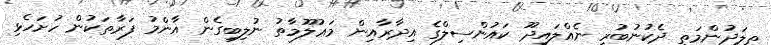
ތިލަދުންމަތީ ދެކުނުބުރީ ނެއްލައިދޫ ކައުންސިލްގެ އިދާރާއިން މަޢުލޫމާތު ނުލިބިގެން އާންމު ފަރާތަކުން ހުށަހެޅި